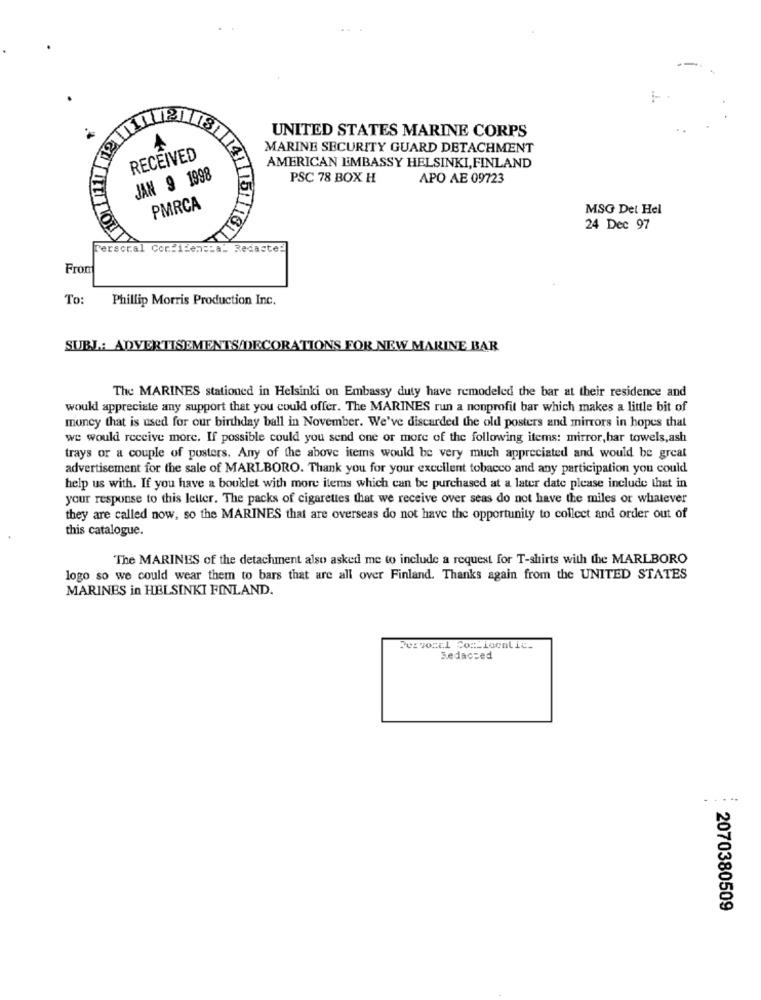
UNITED STATES MARINE CORPS
MARINE SECURITY GUARD DETACHMENT
RECEIVED
AMERICAN EMBASSY HELSINKI, FINLAND
JAN 9 1998
PSC 78 BOX H
APO AE 09723
PMRCA
MSG Del Hel
24 Dec 97
Personal Confidencial Redacted
From
To:
Phillip Morris Production Inc.
SUBL: ADVERTISEMENTS/DECORATIONS FOR NEW MARINE BAR
The MARINES stationed in Helsinki on Embassy duty have remodeled the bar at their residence and
would appreciate any support that you could offer. The MARINES run a nonprofit bar which makes a little bit of
money that is used for our birthday ball in November. We've discarded the old posters and mirrors in hopes that
we would receive more. If possible could you send one or more of the following items: mirror, har towels,ash
trays or a couple of posters. Any of the above items would be very much appreciated and would be great
advertisement for the sale of MARLBORO. Thank you for your excellent tobacco and any participation you could
help us with. If you have a bouklet with more items which can be purchased at a later date please include that in
your response to this letter. The packs of cigarettes that we receive over seas do not have the miles or whatever
they are called now, so the MARINES that are overseas do not have the opportunity to collect and order out of
this catalogue.
The MARINES of the detachment also asked me to include a request for T-shirts with the MARLBORO
logo so we could wear them to bars that are all over Finland. Thanks again from the UNITED STATES
MARINES in HELSINKI FINLAND.
Personal Com_localic.
Bedacced
.....
2070380509